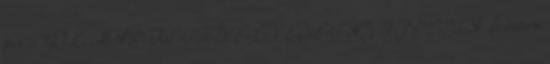
perc: GÓL MÁR KETTŐVEL VEZET AZ ÚJPEST A frissen